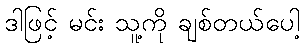
ဒါဖြင့် မင်း သူ့ကို ချစ်တယ်ပေါ့